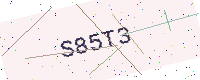
Text: S85T3